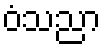
ဝံသညာ